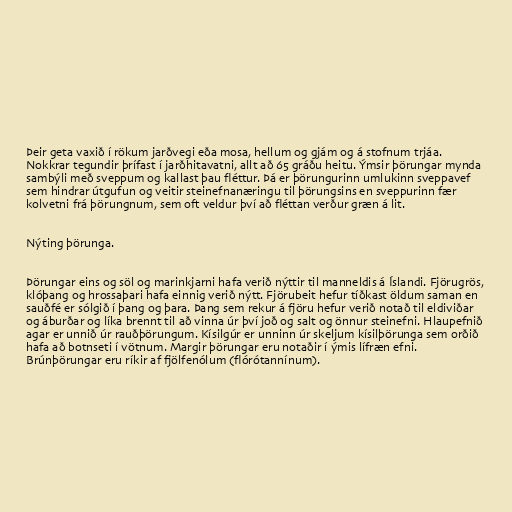
Þeir geta vaxið í rökum jarðvegi eða mosa, hellum og gjám og á stofnum trjáa.
Nokkrar tegundir þrífast í jarðhitavatni, allt að 65 gráðu heitu. Ýmsir þörungar mynda
sambýli með sveppum og kallast þau fléttur. Þá er þörungurinn umlukinn sveppavef
sem hindrar útgufun og veitir steinefnanæringu til þörungsins en sveppurinn fær
kolvetni frá þörungnum, sem oft veldur því að fléttan verður græn á lit.

Nýting þörunga.

Þörungar eins og söl og marinkjarni hafa verið nýttir til manneldis á Íslandi. Fjörugrös,
klóþang og hrossaþari hafa einnig verið nýtt. Fjörubeit hefur tíðkast öldum saman en
sauðfé er sólgið í þang og þara. Þang sem rekur á fjöru hefur verið notað til eldiviðar
og áburðar og líka brennt til að vinna úr því joð og salt og önnur steinefni. Hlaupefnið
agar er unnið úr rauðþörungum. Kísilgúr er unninn úr skeljum kísilþörunga sem orðið
hafa að botnseti í vötnum. Margir þörungar eru notaðir í ýmis lífræn efni.
Brúnþörungar eru ríkir af fjölfenólum (flórótannínum).